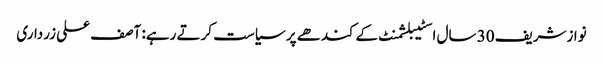
نوازشریف 30 سال اسٹیبلشمنٹ کےکندھے پر سیاست کرتے رہے: آصف علی زرداری